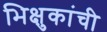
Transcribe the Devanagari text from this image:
भिक्षुकांची